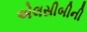
એલસીબીની